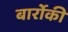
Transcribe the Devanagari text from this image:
बार्रोकी